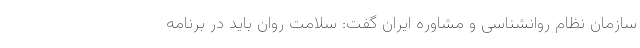
سازمان نظام روانشناسی و مشاوره ایران گفت: سلامت روان باید در برنامه